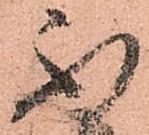
不